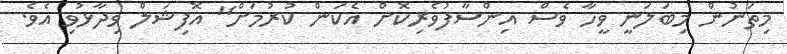
މިތަނުން މިބަލަނީ ވީހާ ވެސް އިންސާފުވެރިކޮށް އެކަން ކުރުމަށް" އޮފިޝަލް ވިދާޅުވި އެވެ.